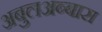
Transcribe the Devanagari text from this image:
अबुलअब्बास